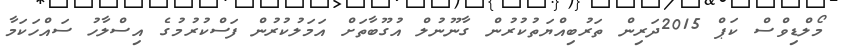
މޯލްޑިވްސް ކަޕް 2015ދަރިން ތަރުބިއްޔަތުކުރުން ގާނޫނުލް އުގޫބާތަށް އަމަލުކުރުން ފަސްކުރުމުގެ އިސްލާހު ސައްހަކަމާ